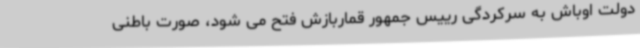
دولت اوباش به سرکردگی رییس جمهور قماربازش فتح می شود، صورت باطنی